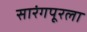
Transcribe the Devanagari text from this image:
सारंगपूरला